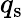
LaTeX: q_{\mathrm{s}}